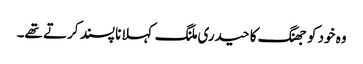
وہ خود کو جھنگ کا حیدری ملنگ کہلانا پسند کرتے تھے۔